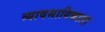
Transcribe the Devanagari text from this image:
व्यावसायिकाला